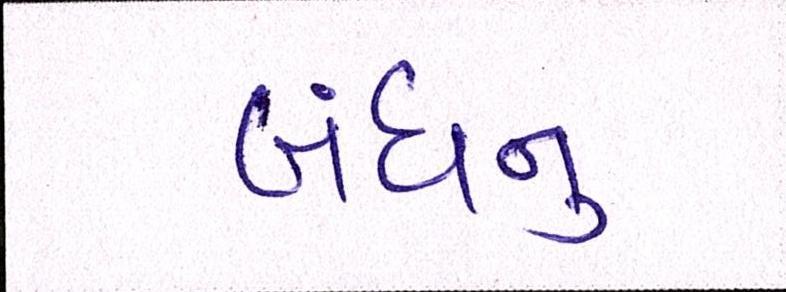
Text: બંધનું